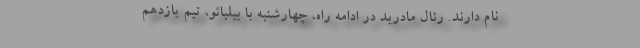
نام دارند. رئال مادرید در ادامه راه، چهارشنبه با بیلبائو، تیم یازدهم